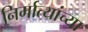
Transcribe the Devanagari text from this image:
निर्मात्यांच्या